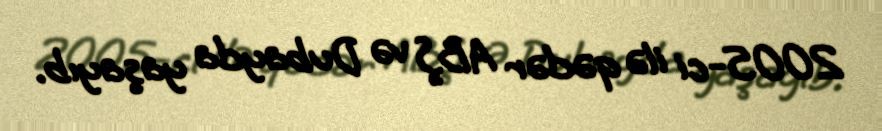
2005-ci ilə qədər ABŞ və Dubayda yaşayıb.